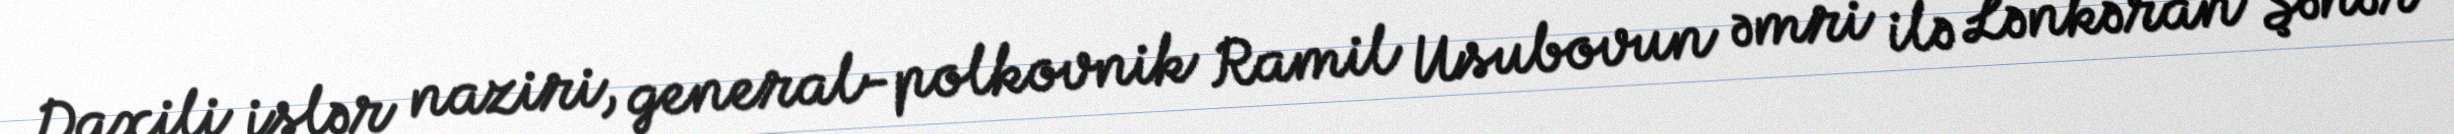
Daxili işlər naziri, general-polkovnik Ramil Usubovun əmri ilə Lənkəran Şəhər